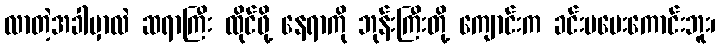
လာတဲ့အခါမှာလဲ ဆရာကြီး ထိုင်ဖို့ နေရာကို ဘုန်းကြီးတို့ ကျောင်းက ခင်းမပေးကောင်းဘူး၊